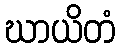
ဃာယိတံ